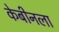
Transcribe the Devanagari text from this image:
केबीनला